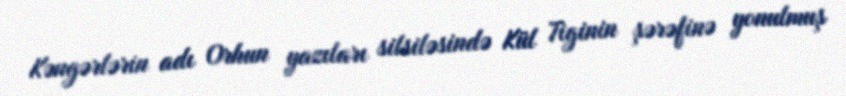
Kəngərlərin adı Orhun yazıları silsiləsində Kül Tiginin şərəfinə yonulmuş